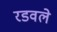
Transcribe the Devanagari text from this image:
रडवले